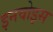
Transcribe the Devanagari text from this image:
इनवोइस